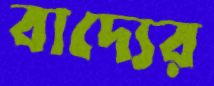
বাদ্যের